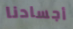
أجسادنا